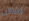
لانس